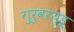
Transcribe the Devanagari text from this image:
गुरुवरयुडू